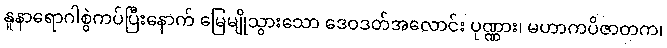
နူနာရောဂါစွဲကပ်ပြီးနောက် မြေမျိုသွားသော ဒေဝဒတ်အလောင်း ပုဏ္ဏား၊ မဟာကပိဇာတက၊